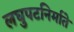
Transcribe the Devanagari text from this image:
लघुपटनिर्माते